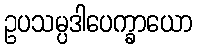
ဥပသမ္ပဒါပေက္ခာယော